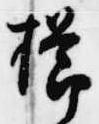
櫛